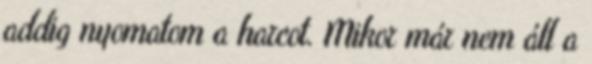
addig nyomatom a harcot. Mikor már nem áll a